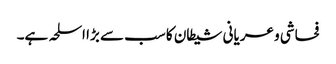
فحاشی و عریانی شیطان کا سب سے بڑا اسلحہ ہے۔